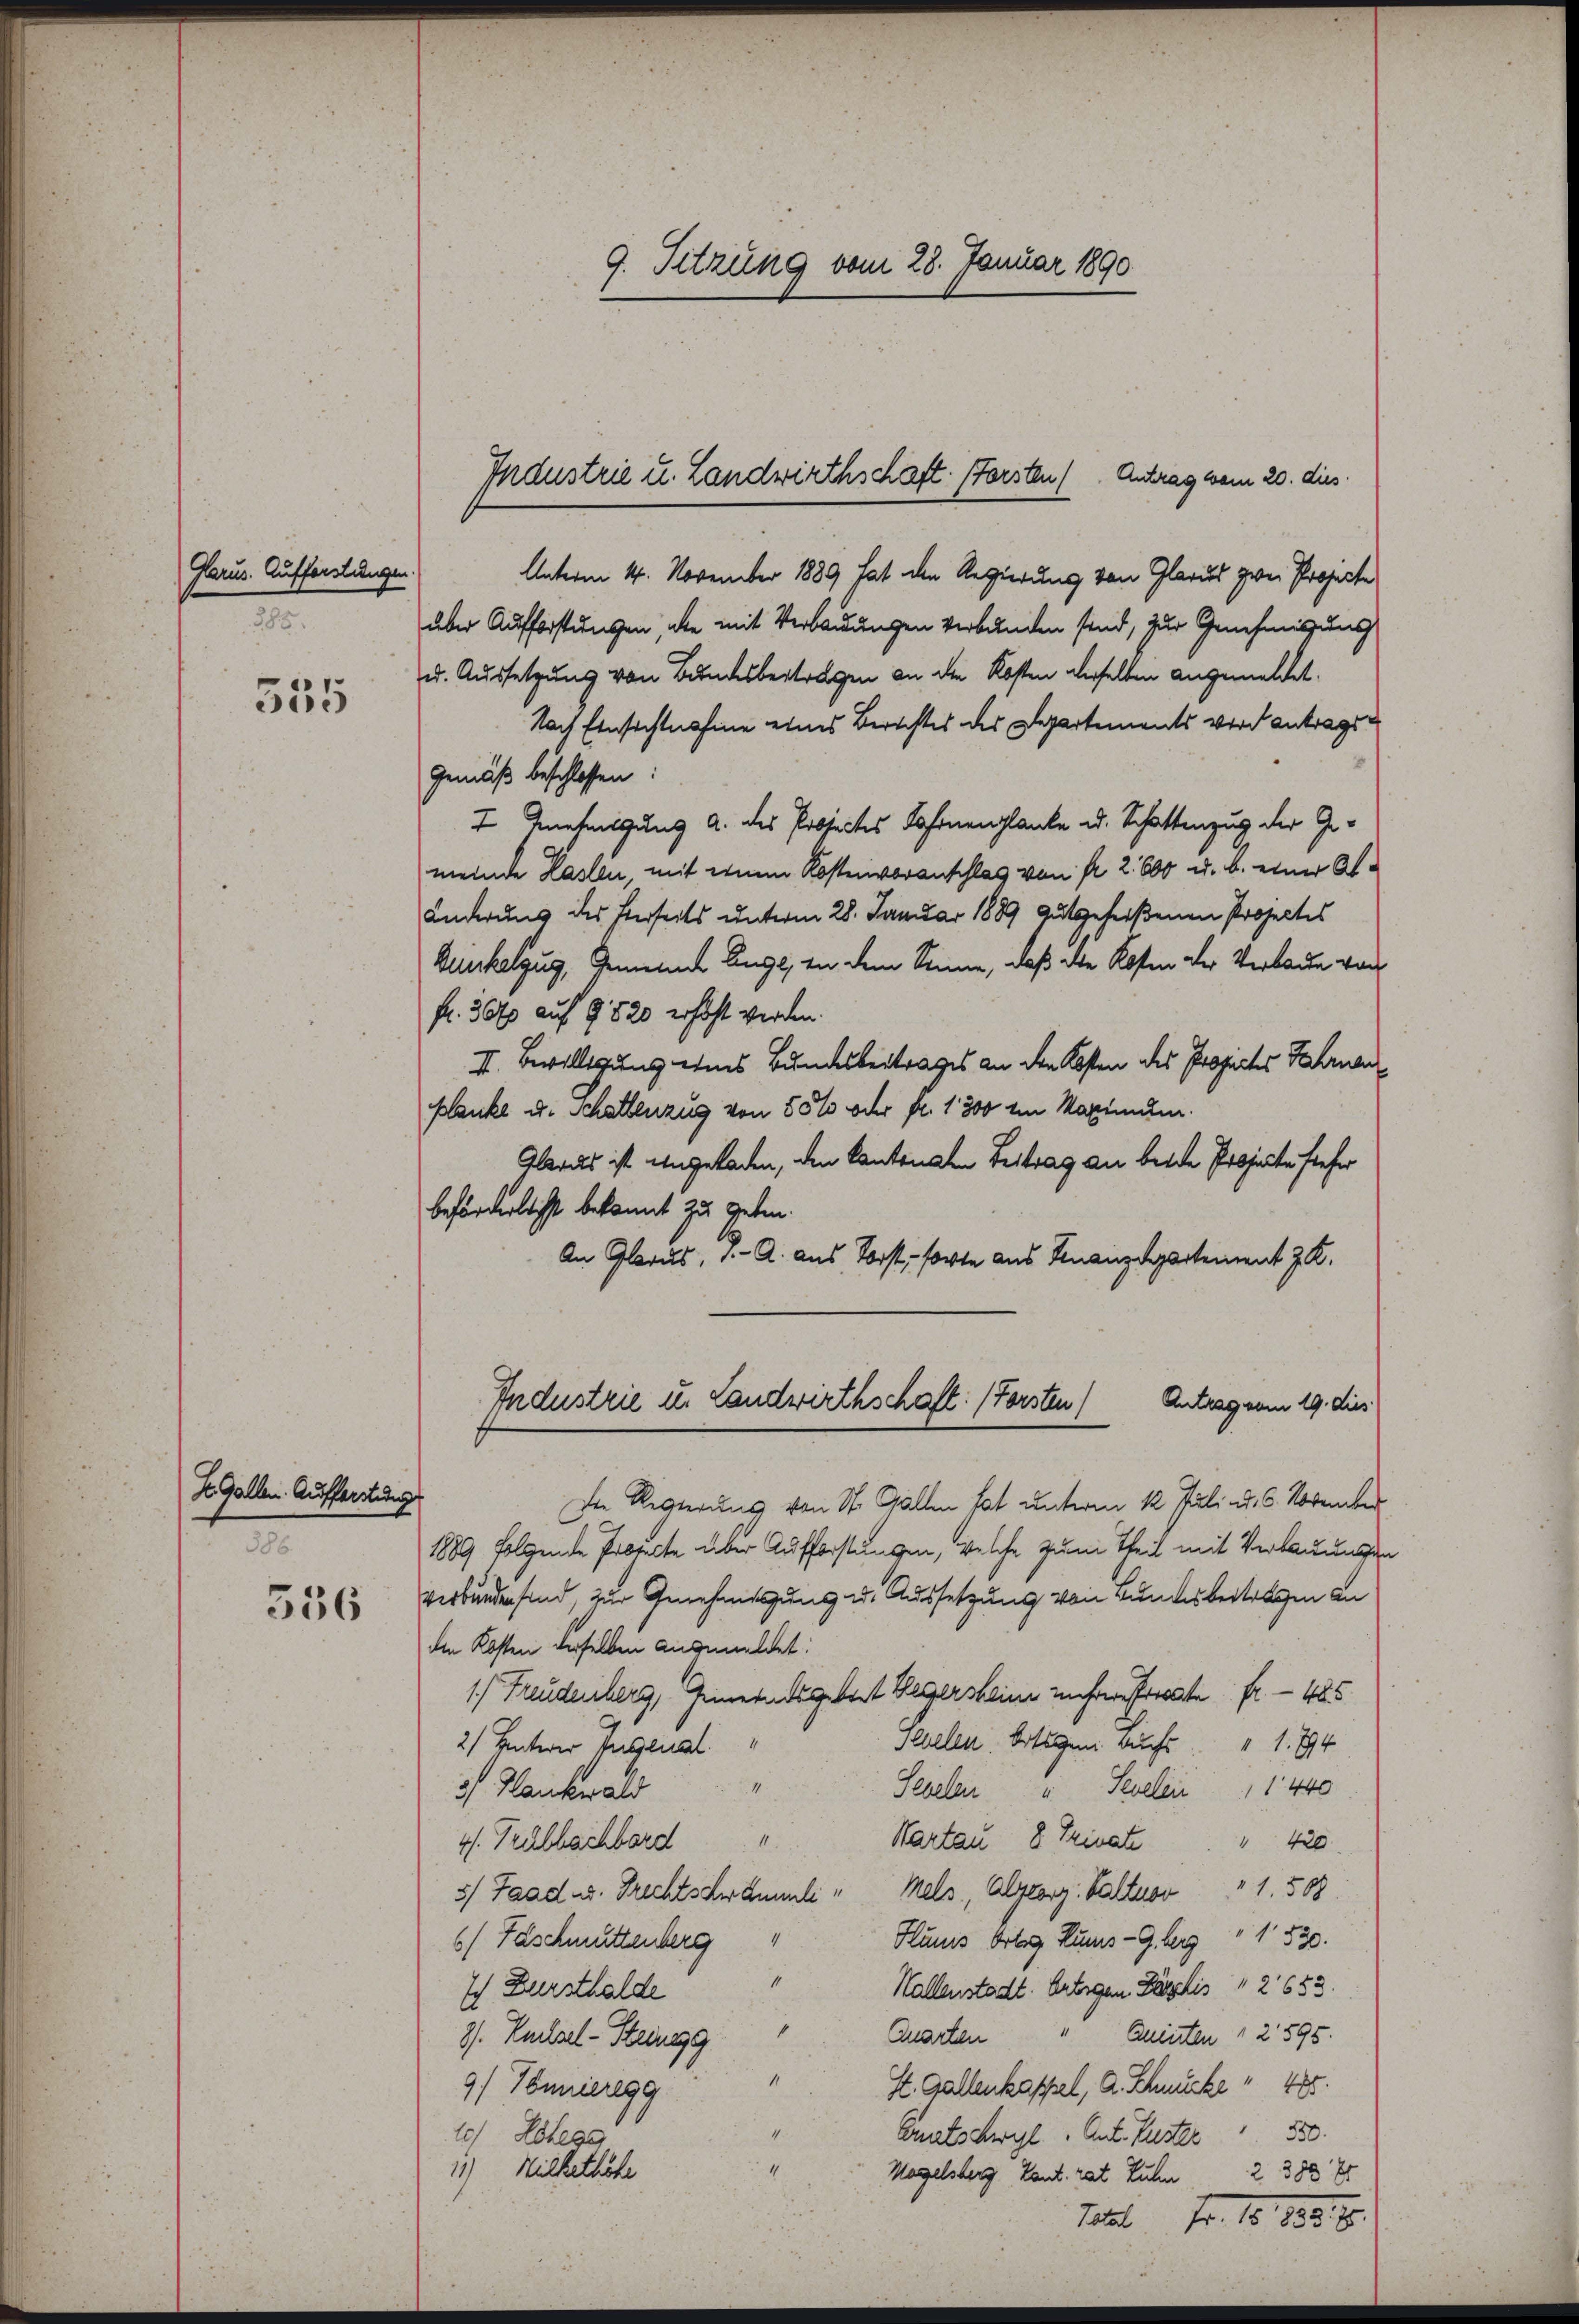
Glarus. Aufforstungen.
285.

555

S. Gallen. Aufforstung
586.

536

9. Sitzung vom 28. Januar 1890

Industrie u. Landwirthschaft. (Forsten ( Antrag vom 20. dies

Unterm 14. November 1889 hat den Regierung von Glarus zwei Projecte
über Aufforstungen, die mit Verbauungen verbunden sind, zur Genehmigung
u. Aussetzung von Bundesbertragen an die Kosten derselben angemeldet.
Nach Einsichtnahme eines Berichtes des Departements wird antrags¬
Gemäß beschlossen:
I Annehmigung a. des Projectes Fahrnenglanke u. Schattenzug der Gemeinde Haslen, mit einem Kostenvoranschlag von fr. 2. 600 u. b. einer Al¬
Lnderung des sterseits unterm 28. Januar 1889 gutgeheißenen Projectes
Bunkelzug, Gemeinde Enge, in dem Sinne, daß die Kosten der Verbaue von
fr. 3000 auf 9 820 erhöht werden.
II. Bewilligung eines Bundesbeitrages an den Kosten des Propiches Fahrna
Blanke u. Schattenzug von 55% oder fr. 1300 im Maximum.
Glarus ist angeladen, den Kantonalen Beitrag an beide Projecte steher
beförderlichst bekannt zu geben.
An Glarus, 1. A. aus Vorst, forte aus Finanzdepartement z. Z.
Industrie u. Landwirthschaft. (Forsten)
Antrag vom 19. dies
Ine Regierung von St. Gallen hat unterm 12. Juli u. 6. November
1889 folgende Prorecte über Aufforstungen, welche zum Theil mit Verbauungs
verbunden sind, zur Genehmigung u. Aussetzung von Bundesbertragen an
den Kosten derselben angemeldet:
1. Freudenberg, Feinerentsgebert Wegersteine nichter oeste fr. 485
Hellen. Ortsgen Buchs 1794
2) Unterer Ingeual
Seielen   Sevelii 11 440
5/ Hankwald
Wartau 8 Private " 420
4. Trülbachbord
5) Faadus. Drechtschwämmli " Mels, Algeorg Balter " 1. 508
Hlums Ortes Rums-G. berg 1530.
6) Fäschmuttenberg
1
Hallenstadt. Antigen Parzelis  2653.
Ich Dursthalde
Quarten " Quinten " 2 595.
8/. Puchsel-Steing
1
St. Gallenkappel, A. Schmucke " 470.
9) Tönnieregg
4
Cratschwil " Ant. Peter 350
1) Ehega
4
11.) Hilkethöhe
Mogelsberg, Kant. rat Ruhe 2 385 Er

Mtt. Fr. 10. 1834.